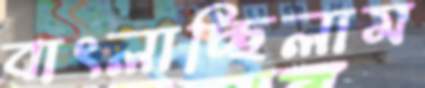
বাৎলাচ্ছিলাম